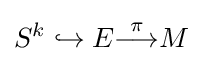
S^{k}\hookrightarrow E{\stackrel {\pi }{\longrightarrow }}M